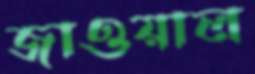
জাওয়াল